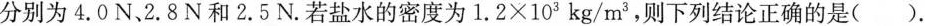
分别为4.0N。2.8N和2.5N。若盐水的密度为1.2×103kg/m^{3}，则下列结论正确的是()。